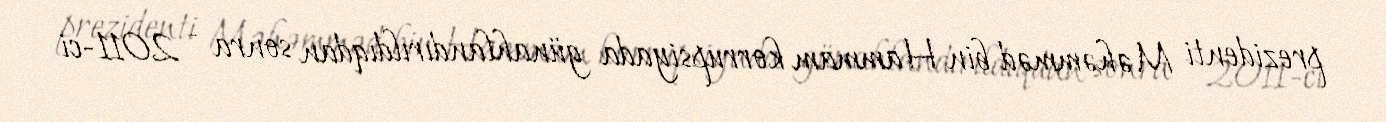
prezidenti Məhəmməd bin Hammam korrupsiyada günahlandırıldıqdan sonra - 2011-ci